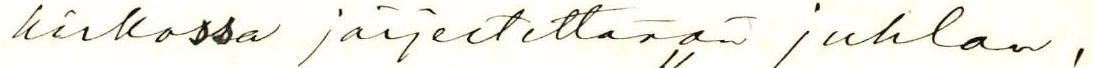
kirkossa järjestettävän juhlan,